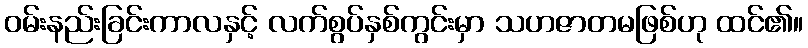
ဝမ်းနည်းခြင်းကာလနှင့် လက်စွပ်နှစ်ကွင်းမှာ သဟဇာတမဖြစ်ဟု ထင်၏။